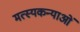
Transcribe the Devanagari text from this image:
मत्स्यकन्याओं